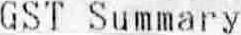
GST SUMMARY